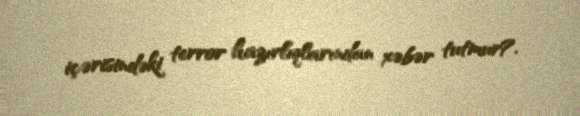
içərisindəki terror hazırlıqlarından xəbər tutmur?.